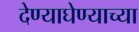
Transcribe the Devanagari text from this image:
देण्याघेण्याच्या